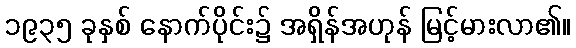
၁၉၃၅ ခုနှစ် နောက်ပိုင်း၌ အရှိန်အဟုန် မြင့်မားလာ၏။